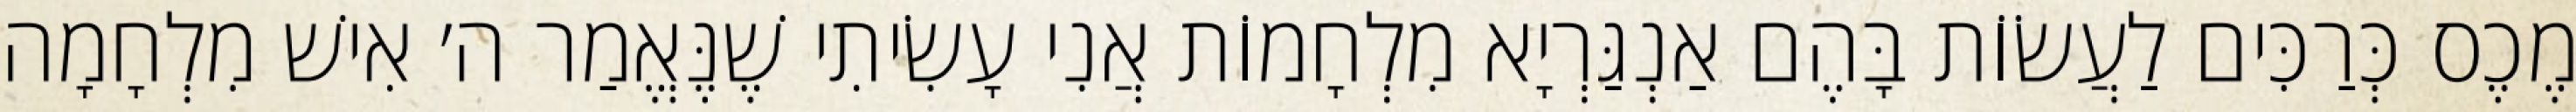
מֶכֶס כְּרַכִּים לַעֲשׂוֹת בָּהֶם אַנְגַּרְיָא מִלְחָמוֹת אֲנִי עָשִׂיתִי שֶׁנֶּאֱמַר ה׳ אִישׁ מִלְחָמָה